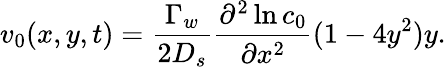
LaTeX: v_{0}(x,y,t)=\frac{\Gamma_{w}}{2D_{s}}\frac{\partial^{2}\ln c_{0}}{\partial x^{2}}(1-4y^{2})y.